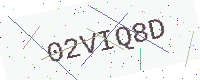
Text: 02VIQ8D